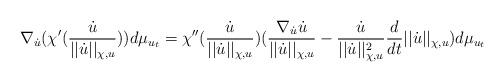
LaTeX: \begin{align*}\nabla_{\dot{u}}(\chi'(\frac{\dot{u}}{||\dot{u}||_{\chi,u}}))d\mu_{u_t}=\chi''(\frac{\dot{u}}{||\dot{u}||_{\chi,u}})(\frac{\nabla_{\dot{u}}\dot{u}}{||\dot{u}||_{\chi,u}}-\frac{\dot{u}}{||\dot{u}||_{\chi,u}^2}\frac{d}{dt}||\dot{u}||_{\chi,u})d\mu_{u_t}\end{align*}